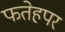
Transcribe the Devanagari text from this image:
फतेहपर